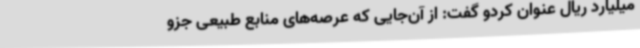
میلیارد ریال عنوان کردو گفت: از آن‌جایی که عرصه‌های منابع طبیعی جزو